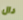
دال